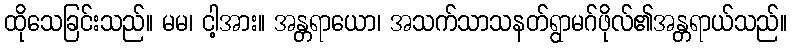
ထိုသေခြင်းသည်။ မမ၊ ငါ့အား။ အန္တရာယော၊ အသက်သာသနတ်ရွာမဂ်ဖိုလ်၏အန္တရာယ်သည်။